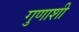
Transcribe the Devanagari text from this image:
गुणाशी